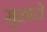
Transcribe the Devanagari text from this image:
मुळाचे